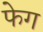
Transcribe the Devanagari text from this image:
फेग